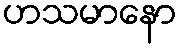
ဟသမာနော